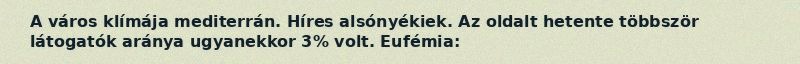
A város klímája mediterrán. Híres alsónyékiek. Az oldalt hetente többször látogatók aránya ugyanekkor 3% volt. Eufémia: